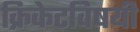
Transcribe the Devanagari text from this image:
क्रिकेटविषयी